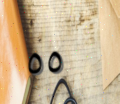
٥٥